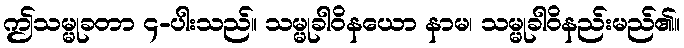
ဤသမ္မုခတာ ၄-ပါးသည်။ သမ္မုခါဝိနယော နာမ၊ သမ္မုခါဝိနည်းမည်၏။